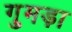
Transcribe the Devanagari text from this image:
गुमड़ा